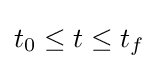
t_{0}\leq t\leq t_{f}